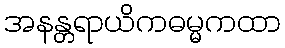
အနန္တရာယိကဓမ္မကထာ